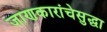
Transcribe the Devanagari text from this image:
जाणकारांचेसुद्धा